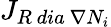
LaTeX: {J}_{R\ dia\ \nabla N_{i}}